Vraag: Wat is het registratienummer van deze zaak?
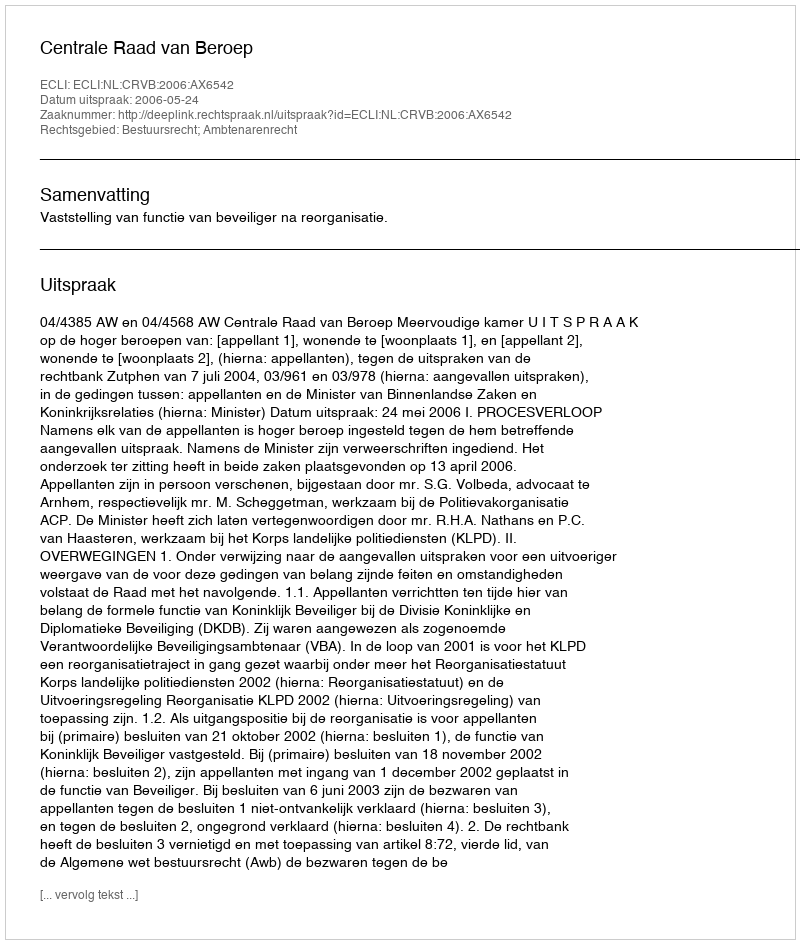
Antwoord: http://deeplink.rechtspraak.nl/uitspraak?id=ECLI:NL:CRVB:2006:AX6542